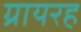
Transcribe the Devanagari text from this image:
ग्रायरह